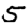
Digit: 5